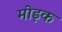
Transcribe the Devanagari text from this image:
मोड़क